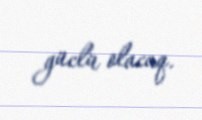
güclü olacaq.